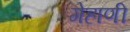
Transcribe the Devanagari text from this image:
गेहाणी